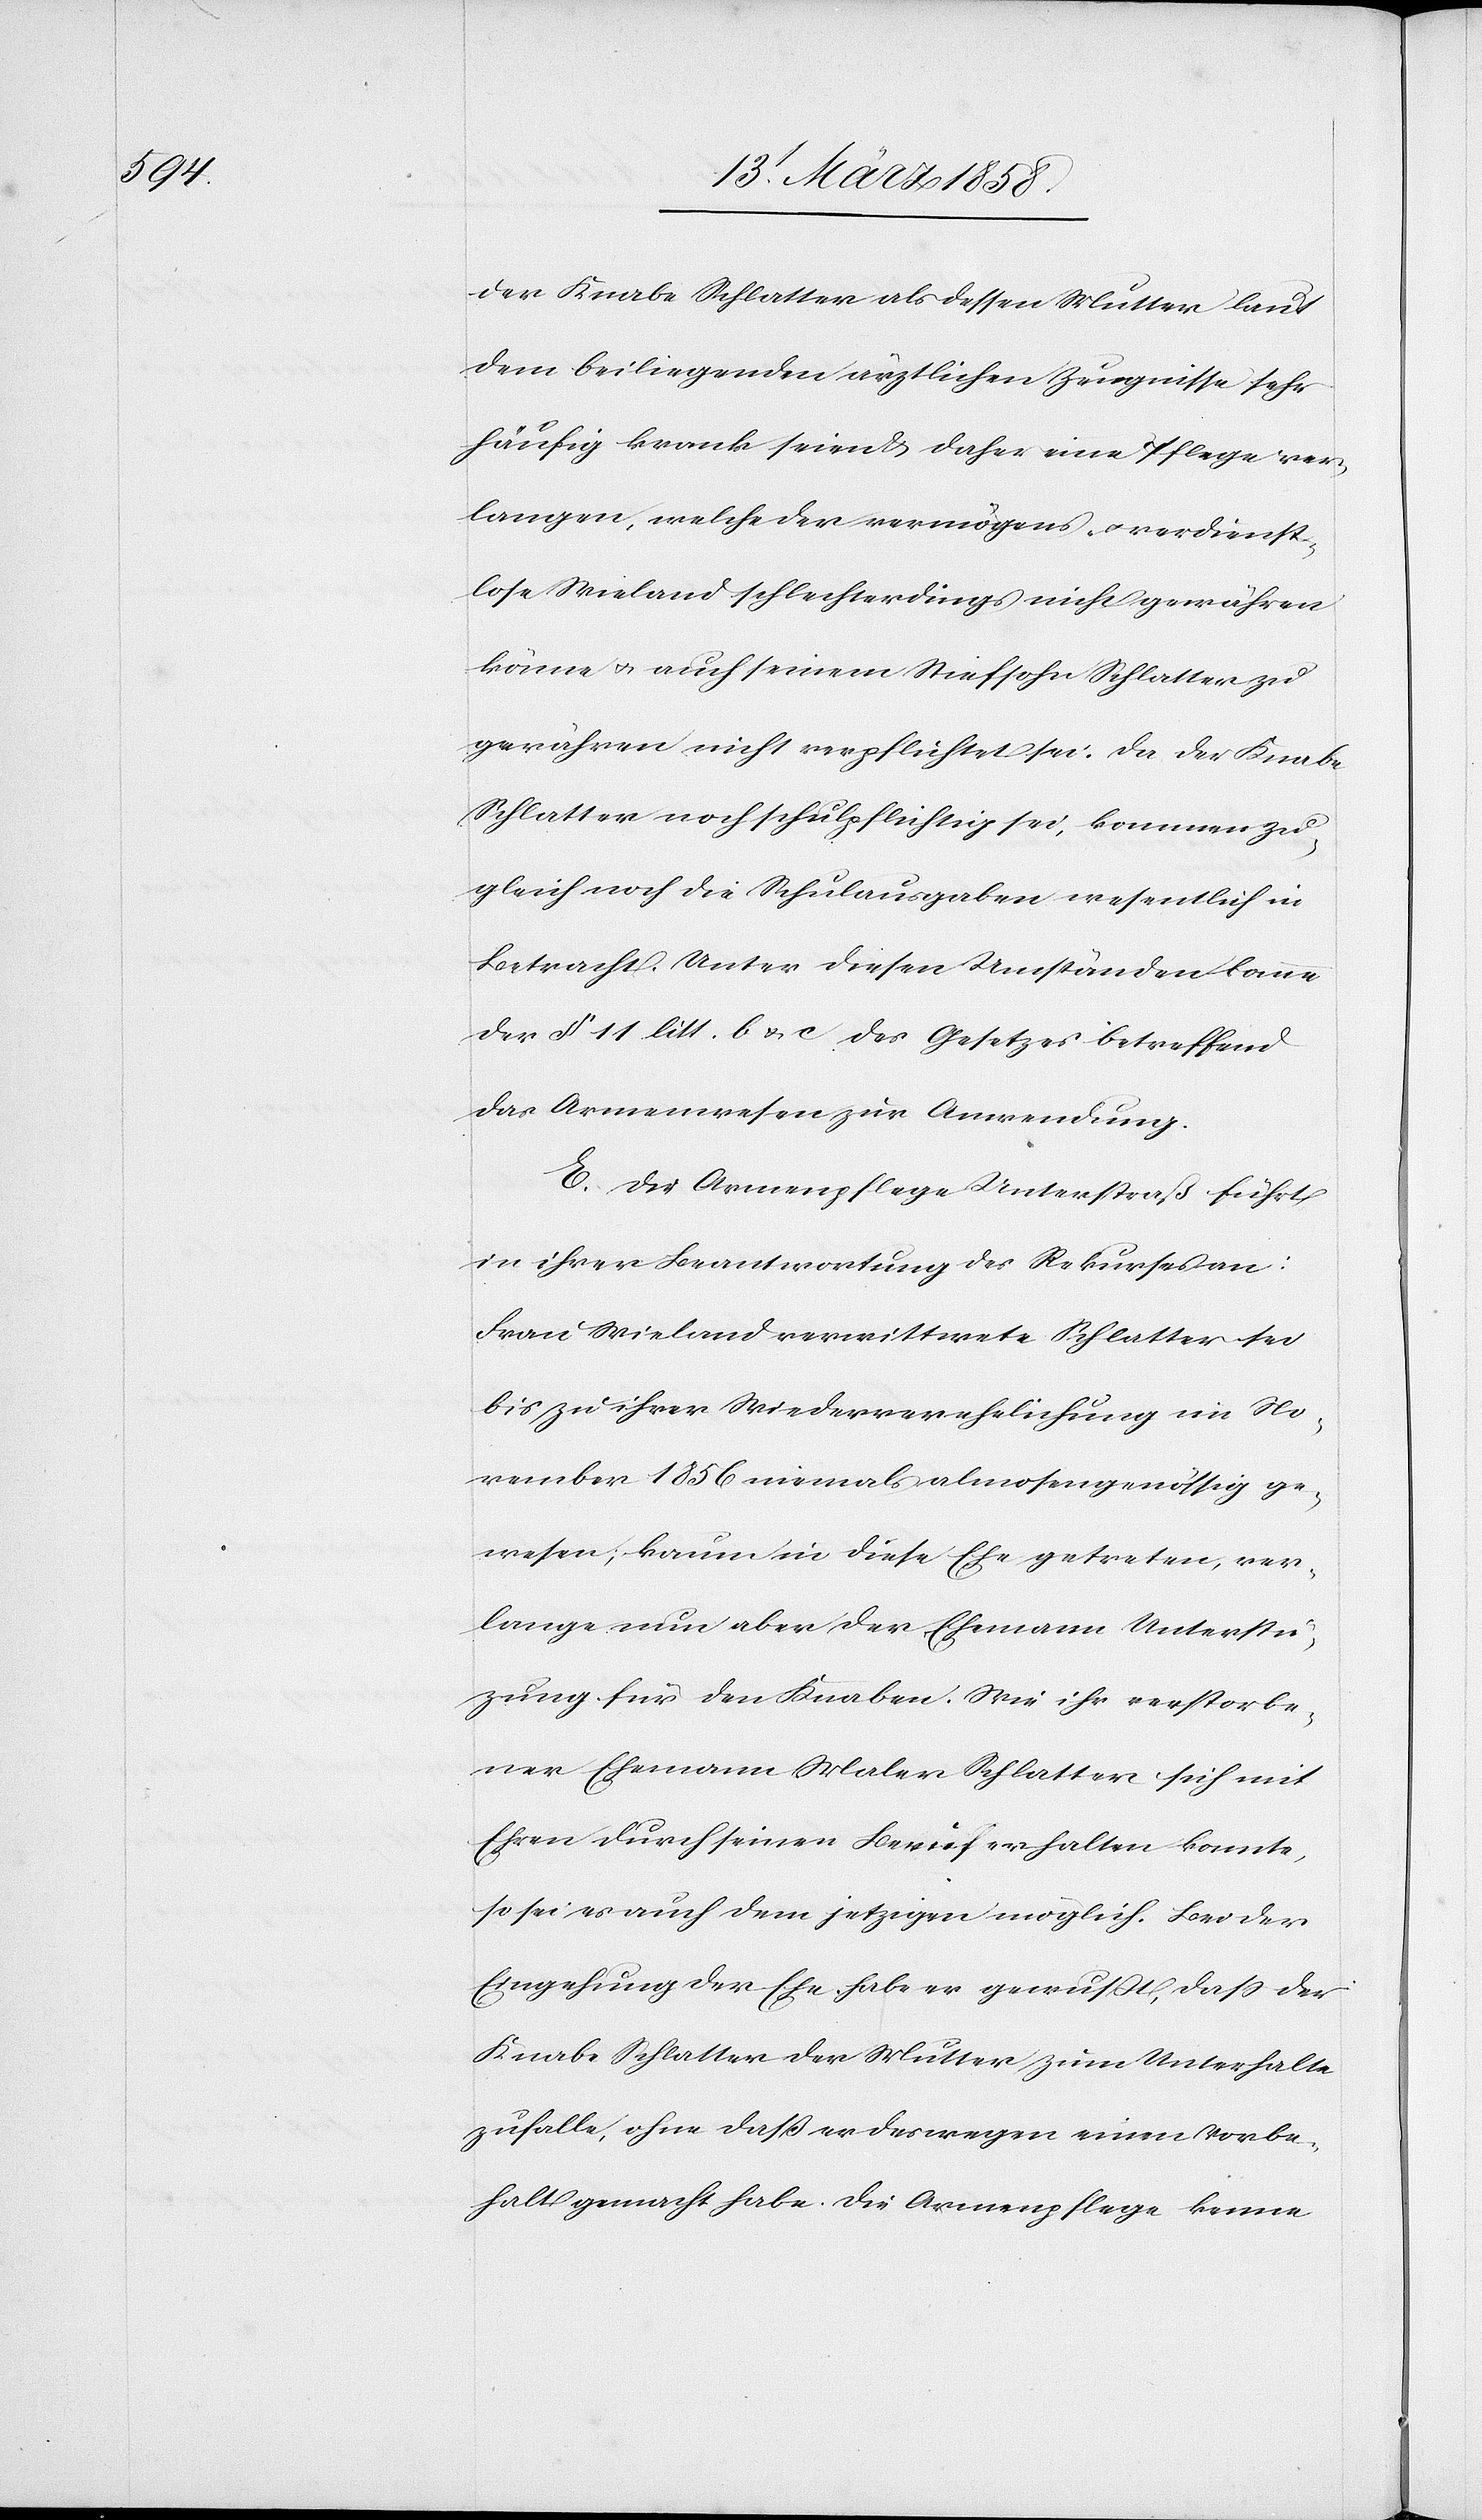
der Knabe Schlatter als dessen Mutter laut
dem beiliegenden ärztlichen Zeugnisse sehr
häufig krank seien u. daher eine Pflege ver¬
langen, welche der vermögens- u. vedienst¬
lose Wieland schlechterdings nicht gewähren
könne u. auch seinen Stiefsohn Schlatter zu
gewähren nicht verpflichtet sei, kommen zu¬
gleich noch die Schulausgaben wesentlich in
Betracht. Unter diesen Umständen komme
der § 11 litt. b u. c des Gesetzes betreffend
das Armenwesen zur Anwendung.
E. Die Armenpflege Unterstraße führt
in ihrer Beantwortung des Rekurses an:
Frau Wieland verwittwete Schlatter sei
bis zu ihrer Wiederverehelichung im No¬
vember 1856 niemals almosengenössig ge¬
wesen, kaum in diese Ehe getreten, ver¬
lange nun aber der Ehemann Unterstüt¬
zung für den Knaben. Wie ihr verstorbe¬
ner Ehemann Maler Schlatter sich mit
Ehren durch seinen Beruf erhalten konnte,
so sei es auch dem jetzigen möglich. Bei der
Eingehung der Ehe habe er gewußt, daß der
Knabe Schlatter der Mutter zum Unterhalte
zufalle, ohne daß er deswegen einen Vorbe¬
halt gemacht habe. Die Armenpflege kenne